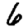
Digit: 6